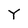
Character: Y